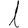
Digit: 1